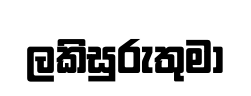
ලකිසුරුතුමා